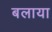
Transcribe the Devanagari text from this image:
बलाया